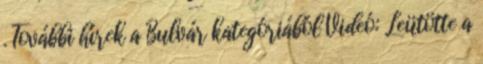
. További hírek a Bulvár kategóriából Videó: Leütötte a